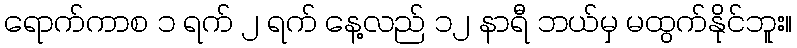
ရောက်ကာစ ၁ ရက် ၂ ရက် နေ့လည် ၁၂ နာရီ ဘယ်မှ မထွက်နိုင်ဘူး။